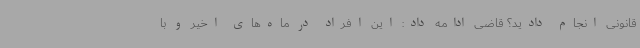
قانونی انجام دادید؟ قاضی ادامه داد: این افراد در ماه‌های اخیر و با